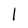
Character: l